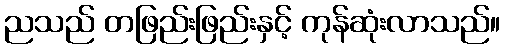
ညသည် တဖြည်းဖြည်းနှင့် ကုန်ဆုံးလာသည်။